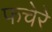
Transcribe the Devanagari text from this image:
फचेरे